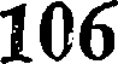
106